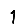
Digit: 1